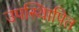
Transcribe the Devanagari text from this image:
उपस्थिापित